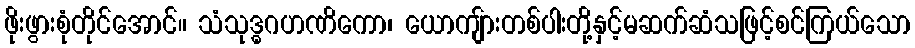
ဖိုးဖွားစုံတိုင်အောင်။ သံသုဒ္ဓဂဟဏိကော၊ ယောကျ်ားတစ်ပါးတို့နှင့်မဆက်ဆံသဖြင့်စင်ကြယ်သော